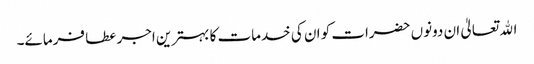
اﷲ تعالیٰ ان دونوں حضرات کو ان کی خدمات کا بہترین اجر عطا فرمائے۔